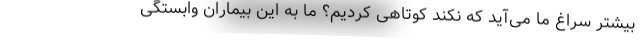
بیشتر سراغ ما می‌آید که نکند کوتاهی کردیم؟ ما به این بیماران وابستگی